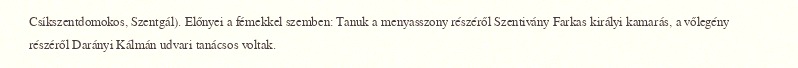
Csíkszentdomokos, Szentgál). Előnyei a fémekkel szemben: Tanuk a menyasszony részéről Szentivány Farkas királyi kamarás, a vőlegény részéről Darányi Kálmán udvari tanácsos voltak.